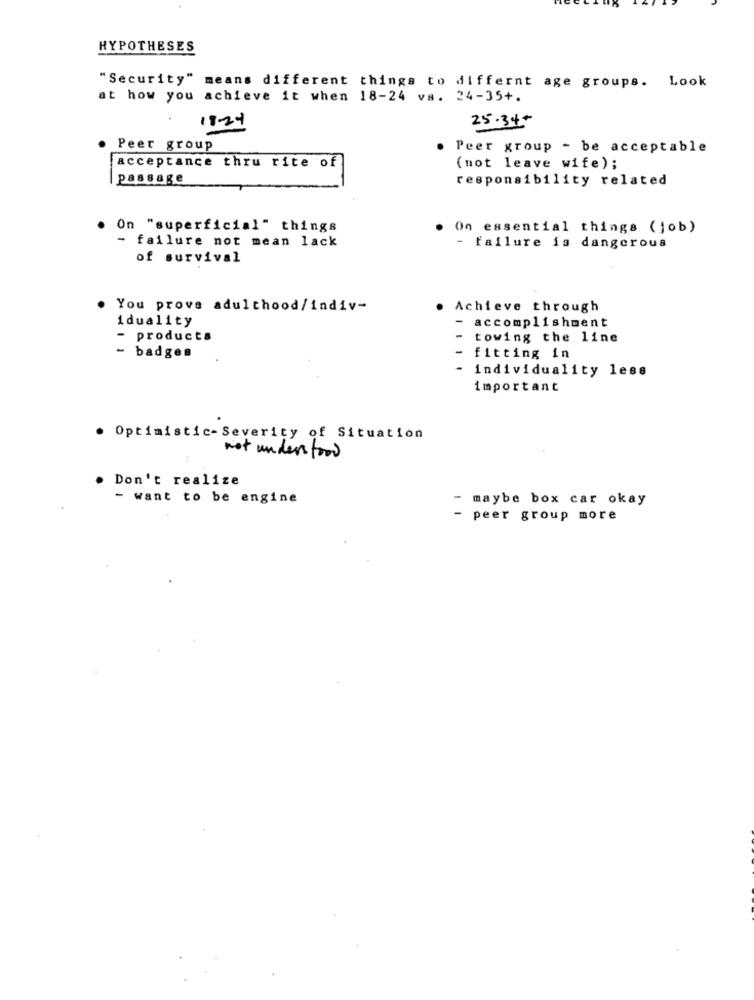
HYPOTHESES
"Security" means different things to differnt age groups. Look
at how you achieve it when 18-24 vs. 24-35+.
25.34
1834
Peer group
Peer group - be acceptable
acceptance thru rite of
(not leave wife);
passage
responsibility related
. On "superficial" things
. On essential things (job)
- failure not mean lack
- failure is dangerous
of survival
You prove adulthood/ indiv-
. Achieve through
iduality
- accomplishment
- products
towing the line
badges
fitting in
- individuality less
important
. Optimistic-Severity of Situation
not understood
Don't realize
- want to be engine
maybe box car okay
peer group more